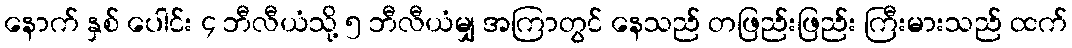
နောက် နှစ် ပေါင်း ၄ ဘီလီယံသို့ ၅ ဘီလီယံမျှ အကြာတွင် နေသည် တဖြည်းဖြည်း ကြီးမားသည် ထက်